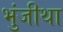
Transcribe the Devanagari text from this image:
भुंजीथा